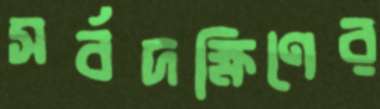
সর্বদক্ষিণের